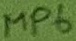
Text: MP6